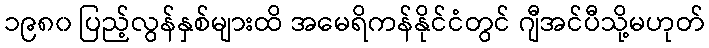
၁၉၈၀ ပြည့်လွန်နှစ်များထိ အမေရိကန်နိုင်ငံတွင် ဂျီအင်ပီသို့မဟုတ်